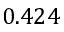
0 . 4 2 4